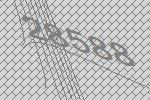
28588